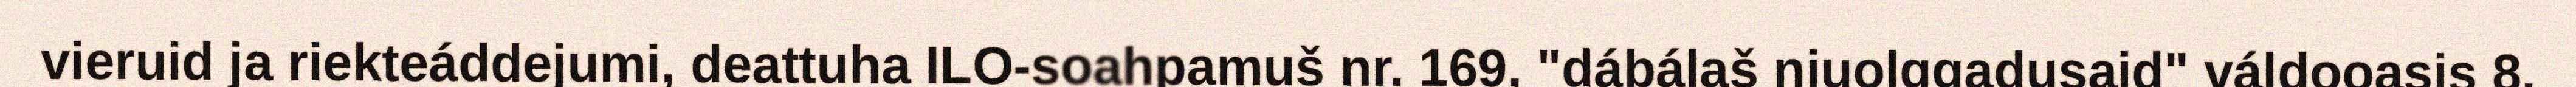
vieruid ja riekteáddejumi, deattuha ILO-soahpamuš nr. 169, "dábálaš njuolggadusaid" váldooasis 8.